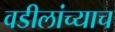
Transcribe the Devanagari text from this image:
वडीलांच्याच